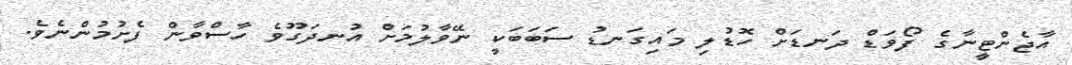
އާޖެންޓީނާގެ ފޯވަޑް ދަނޑަށް ހޮޑުލި މައިގަނޑު ސަބަބަކީ ނޭވާލުމަށް އުނދަގޫވެ ހާސްވާން ފެށުމުންނެވެ.